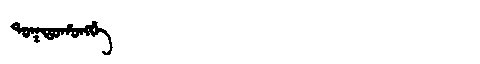
Manchu: ᡨᠣᡴᡨᠣᡥᠣᠩᡤᡝ
Romanization: TOKTOHONGGE